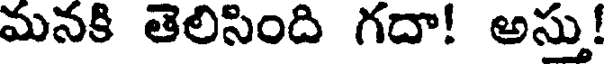
మనకి తెలిసింది గదా! అస్తు!